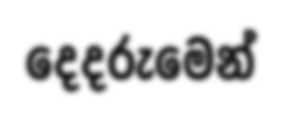
දෙදරුමෙන්